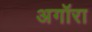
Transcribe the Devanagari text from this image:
अगॉरा